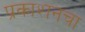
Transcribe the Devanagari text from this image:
प्रकाशनचा